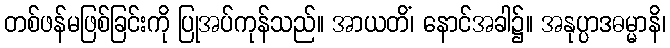
တစ်ဖန်မဖြစ်ခြင်းကို ပြုအပ်ကုန်သည်။ အာယတိံ၊ နောင်အခါ၌။ အနုပ္ပာဒဓမ္မာနိ၊